Insane asylums in Bengal annual reports 1867-1875 - 1867-1875
Year: 1867
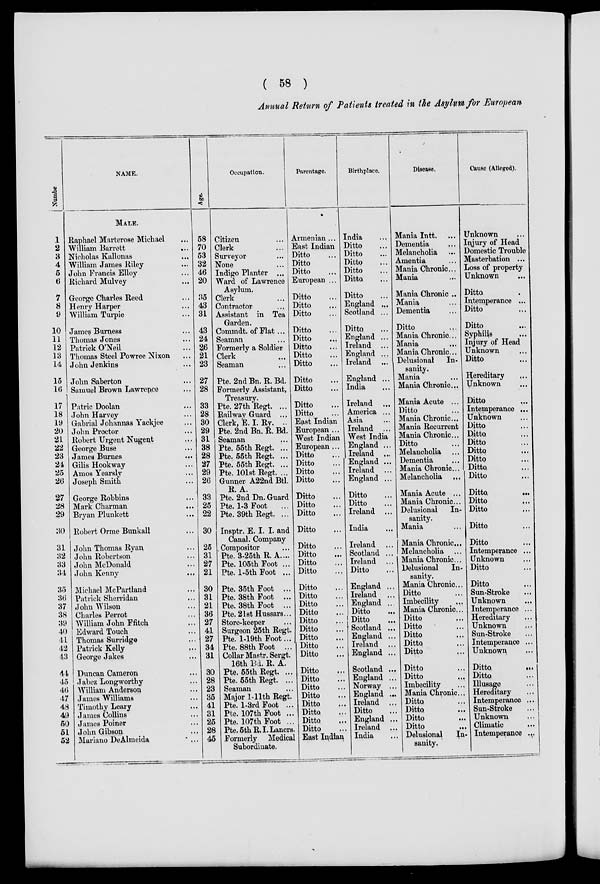
( 58 )
Annual Return of Patients treated in the Asylum for European
Number
1
2
3
4
5
6
7
8
9
10
11
12
13
14
15
16
17
18
19
20
21
22
23
24
25
26
27
28
29
30
31
32
33
34
35
36
37
38
39
40
41
42
43
44
45
46
47
48
49
50
51
52
NAME.
MALE.
Raphael Marterose Michael ...
William Barrett
...
Nicholas Kallonas
...
William James Riley ...
John Francis Elloy ...
Richard Mulvey ...
George Charles Reed ...
Henry Harper ...
William Turpie ...
James Burness ...
Thomas Jones ...
Patrick O'Neil ...
Thomas Steel Powree Nixon ...
John Jenkins ...
John Saberton ...
Samuel Brown Lawrence ...
Patric Doolan ...
John Harvey ...
Gabrial Johannas Yackjee ...
John Proctor ...
Robert Urgent Nugent ...
George Buse ...
James Burnes
...
Gilis Hookway ...
Amos Yearsly ...
Joseph Smith ...
George Robbins ...
Mark Charman ...
Bryan Plunkett ...
Robert Orme Bunkall ...
John Thomas Ryan ...
John Robertson ...
John McDonald ...
John Kenny ...
Michael McPartland ...
Patrick Sherridan ...
John Wilson ...
Charles Perrot ...
William John Ffitch ...
Edward Touch ...
Thomas Surridge ...
Patrick Kelly ...
George Jakes ...
Duncan Cameron ...
Jabez Longworthy ...
William Anderson ...
James Williams ...
Timothy Leary ...
James Collins ...
James Poiner ...
John Gibson ...
Mariano DeAlmeida ...
Age.
58
70
53
32
46
20
35
43
31
43
24
26
21
23
27
28
33
28
30
29
31
38
28
27
29
26
33
25
22
30
25
31
27
21
30
31
21
36
27
41
27
34
31
30
28
23
35
41
31
25
28
45
Occupation.
Citizen ...
Clerk ...
Surveyor ...
None ...
Indigo Planter ...
Ward of Lawrence
Asylum.
Clerk ...
Contractor ...
Assistant in Tea
Garden.
Commdt. of Flat ...
Seaman ...
Formerly a Soldier
Clerk ...
Seaman ...
Pte. 2nd Bn. R. Bd.
Formerly Assistant,
Treasury.
Pte. 27th Regt. ...
Railway Guard ...
Clerk, E. I. Ry. ...
Pte. 2nd Bn. R. Bd.
Seaman ...
Pte. 55th Regt. ...
Pte. 55th Regt. ...
Pte. 55th Regt. ...
Pte. 101st Regt. ...
Gunner. A22nd Btl.
R. A.
Pte. 2nd Dn. Guard
Pte. 1-3 Foot ...
Pte. 39th Regt. ...
Insptr. E. I. I. and
Canal. Company
Compositor ...
Pte. 3-25th R. A. ...
Pte. 105th Foot ...
Pte. l-5th Foot ...
Pte. 35th Foot ...
Pte. 38th Foot ...
Pte. 38th Foot ...
Pte. 21st Hussars...
Store-keeper ...
Surgeon 25th Regt.
Pte. 1-19th Foot ...
Pte. 88th Foot ...
Collar Mastr. Sergt.
16th Bd. R. A.
Pte. 55th Regt. ...
Pte. 55th Regt. ...
Seaman ...
Major 1-11th Regt.
Pte. 1-3rd Foot ...
Pte. 107th Foot ...
Pte. 107th Foot ...
Pte. 5th R. I. Lancrs.
Formerly Medical
Subordinate.
Parentage.
Armenian ...
East Indian
Ditto ...
Ditto ...
Ditto ...
European ...
Ditto ...
Ditto ...
Ditto ...
Ditto ...
Ditto ...
Ditto
...
Ditto ...
Ditto ...
Ditto ...
Ditto ...
Ditto ...
Ditto ...
East Indian
European ...
West Indian
European ...
Ditto ...
Ditto ...
Ditto ...
Ditto ...
Ditto ...
Ditto ...
Ditto ...
Ditto ...
Ditto ...
Ditto ...
Ditto ...
Ditto ...
Ditto ...
Ditto ...
Ditto ...
Ditto ...
Ditto ...
Ditto ...
Ditto ...
Ditto ...
Ditto ...
Ditto ...
Ditto ...
Ditto ...
Ditto ...
Ditto ...
Ditto ...
Ditto ...
Ditto ...
East Indian
Birthplace.
India ...
Ditto ...
Ditto ...
Ditto ...
Ditto ...
Ditto ...
Ditto ...
England ...
Scotland ...
Ditto ...
England ...
Ireland ...
England ...
Ireland ...
England ...
India ...
Ireland ...
America ...
Asia ...
Ireland ...
West India
England ...
Ireland ...
England ...
Ireland ...
England ...
Ditto ...
Ditto ...
Ireland ...
India ...
Ireland ...
Scotland ...
Ireland ...
Ditto ...
England ...
Ireland ...
England ...
Ditto ...
Ditto ...
Scotland ...
England ...
Ireland ...
England ...
Scotland ...
England ...
Norway ...
England ...
Ireland ...
Ditto ...
England ...
Ireland ...
India ...
Disease.
Mania Intt. ...
Dementia ...
Melancholia ...
Amentia ...
Mania Chronic...
Mania ...
Mania Chronic ...
Mania ...
Dementia ...
Ditto ...
Mania Chronic...
Mania ...
Mania Chronic...
Delusional
In-
sanity.
Mania ...
Mania Chronic...
Mania Acute ...
Ditto ...
Mania Chronic...
Mania Recurrent
Mania Chronic...
Ditto ...
Melancholia ...
Dementia
Mania Chronic...
Melancholia ...
Mania Acute ...
Mania Chronic...
Delusional
In-
sanity.
Mania ...
Mania Chronic...
Melancholia ...
Mania Chronic...
Delusional In-
sanity.
Mania Chronic...
Ditto ...
Imbecility ...
Mania Chronic...
Ditto ...
Ditto ...
Ditto ...
Ditto ...
Ditto ...
Ditto ...
Ditto ...
Imbecility ...
Mania Chronic...
Ditto ...
Ditto ...
Ditto ...
Ditto ...
Delusional
In-
sanity.
Cause (Alleged).
Unknown ...
Injury of Head
Domestic Trouble
Masterbation ...
Loss of property
Unknown ...
Ditto ...
Intemperance ...
Ditto ...
Ditto ...
Syphilis ...
Injury of Head ...
Unknown ...
Ditto ...
Hereditary ...
Unknown ...
Ditto ...
Intemperance ...
Unknown ...
Ditto ...
Ditto ...
Ditto ...
Ditto ...
Ditto ...
Ditto. ...
Ditto ...
Ditto.
...
Ditto ...
Ditto ...
Ditto ...
Ditto ...
Intemperance ...
Unknown ...
Ditto ...
Ditto ...
Sun-Stroke ...
Unknown ...
Intemperance ...
Hereditary ...
Unknown ...
Sun-Stroke ...
Intemperance ...
Unknown ...
Ditto
...
Ditto ...
Illusage ...
Hereditary ...
Intemperance ...
Sun-Stroke ...
Unknown ...
Climatic ...
Intemperance ...